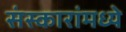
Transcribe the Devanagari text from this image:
संस्कारांमध्ये